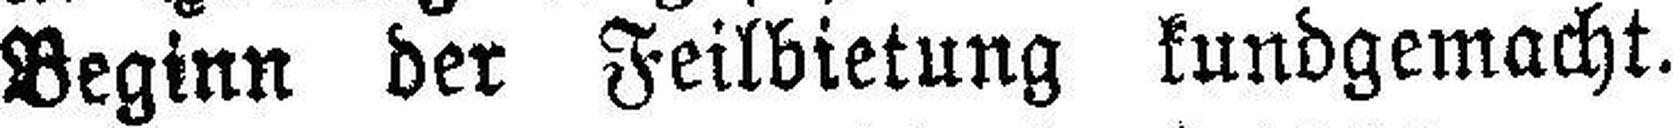
Beginn der Feilbietung kundgemacht.